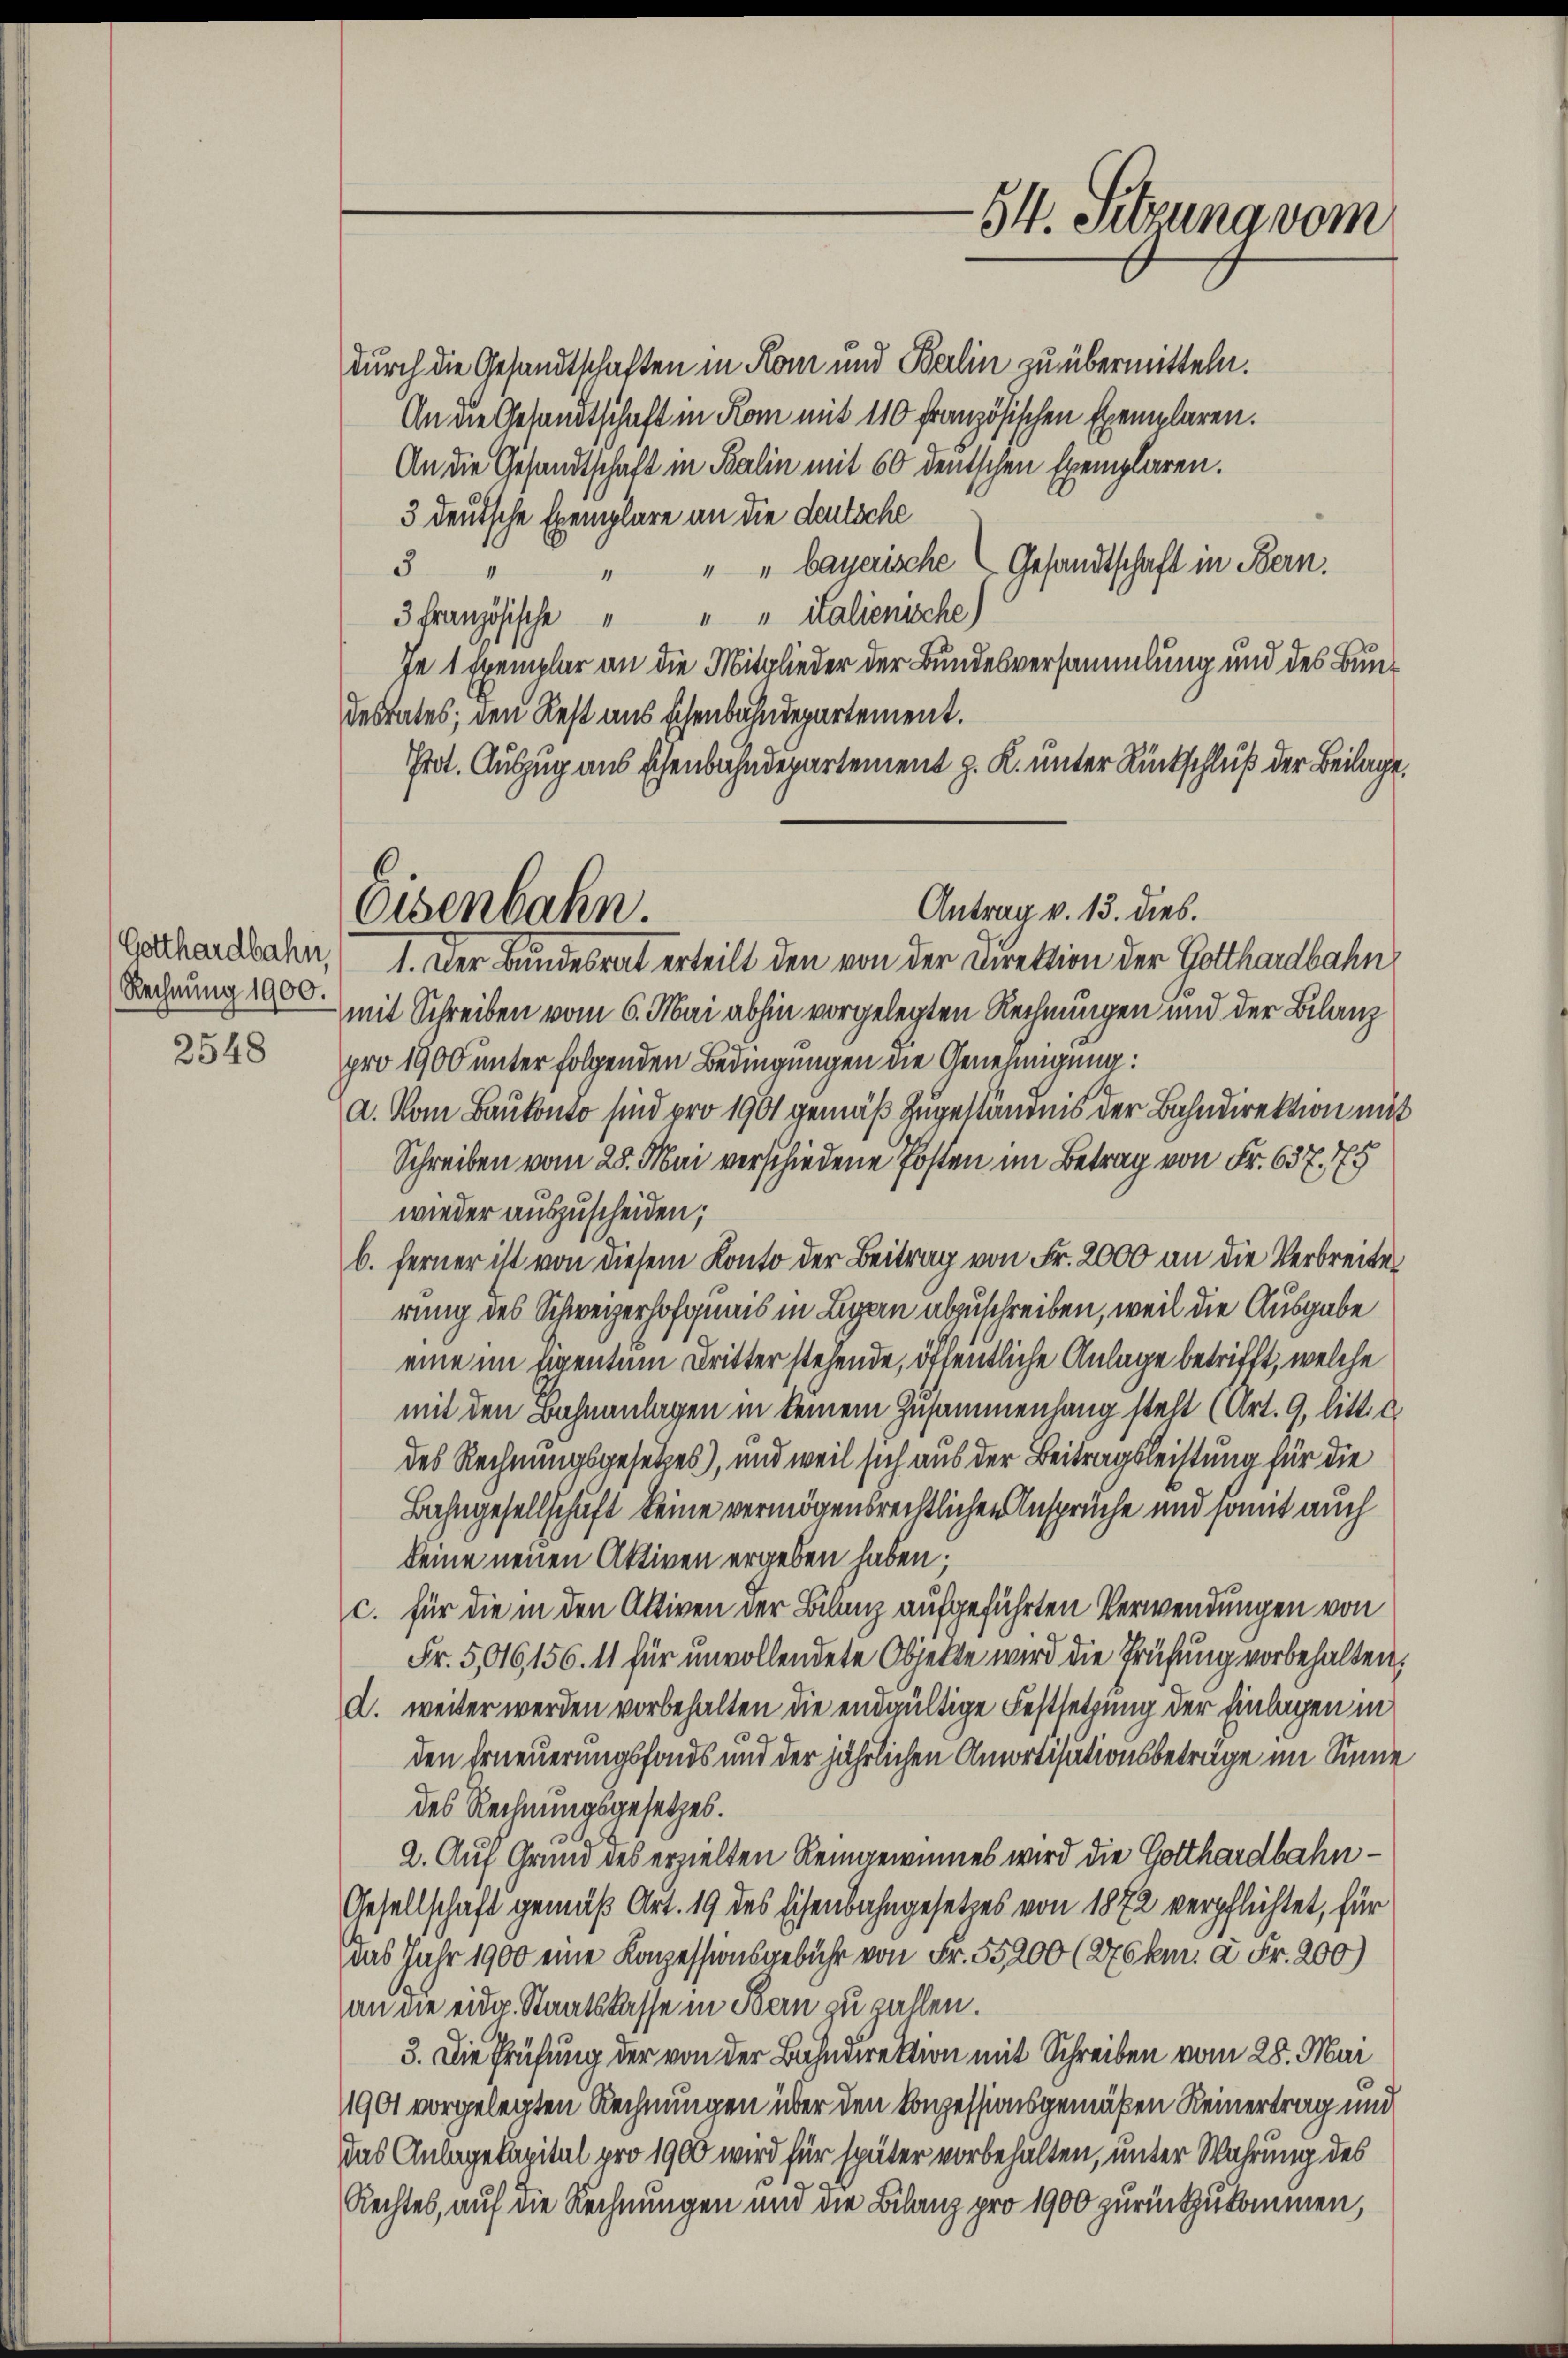
Rechnung 1900.
2548

durch die Gesandtschaften in Rom und Berlin zu übermitteln.
An die Gesandtschaft in Rom mit 110 französischen Exemplaren.
An die Gesandtschaft in Balin mit 60 deutschen Exemplaren.
3 deutsche Exemplare an die deutsche
" " bayerische Gesandtschaft in Bern.
3
3 Französische " " " italienische)
In 1 Exemplar an die Mitglieder der Bundesversammlung und des Bundestates, den Rest aus schenbahndepartement.
Prot. Auszug aus Eisenbahndepartement z. K. unter Rückschluß der Beilage,
Gothardbahn, 1. Der Bundesrat erteilt den von der Direktion der Gotthardbahn
mit Schreiben vom 6. Mai abhin vorgelegten Rechnungen und der Bilanz
pro 1900 unter folgenden Bedingungen die Genehmigung:
a. Vom Baukonto sind pro 1901 gemäß zugeständnis der Bahndirektion mit
Schreiben vom 28. Mai verschiedene Posten im Betrag von Fr. 637. 75
wieder auszuscheiden;
b. ferner ist von diesem Konto der Beitrag von Fr. 2000 an die Verbreite
rung des Schweizerhofquais in Ligen abzuschreiben, weil die Ausgabe
eine im Eigentum Dritter stehende, öffentliche Anlage betrifft, welche
mit den Bahnanlagen in keinem Zusammenhang steht (Art. 9, litt. d.
des Rechnungsgesetzes), und weil sich aus der Beitragsleistung für die
Bahngesellschaft keine vermögensrechtlichen Anspruche und somit auch
keine neuen Aktiven ergeben haben.
c. für die in den Aktiven der Bilanz aufgeführten Verwendungen von
Fr. 5,016, 156. 11 für unvollendete Objekte wird die Prüfung vorbehalten.
a. weiter werden vorbehalten die endgültige Festsetzung der Einlagen in
.
.
den Erneuerungsfonds und der jährlichen Amortisationsbeträge im Sinne
des Rechnungsgesetzes.
2. Auf Grund des erzielten Reingewinnes wird die Gotthardbahn¬
Gesellschaft gemäß Art. 19 des Eisenbahngesetzes von 1872 verpflichtet, für
das Jahr 1900 eine Konzessionsgebühr von Fr. 55200 (276km. à Fr. 200)
an die eidg. Staatskasse in Bern zu zahlen.
3. Die Prüfung der von der Bahndirektion mit Schreiben vom 28. Mai
1901 vorgelegten Rechnungen über den Konzessionsgemäßen Reinertrag und
Das Anlagekapital pro 1900 wird für später vorbehalten, unter Wahrung des
Rechtes, auf die Rechnungen und die Bilanz pro 1900 zurückzukommen,

Antrag v. 13. dies.
Osenbahn.

54. Sitzung vom